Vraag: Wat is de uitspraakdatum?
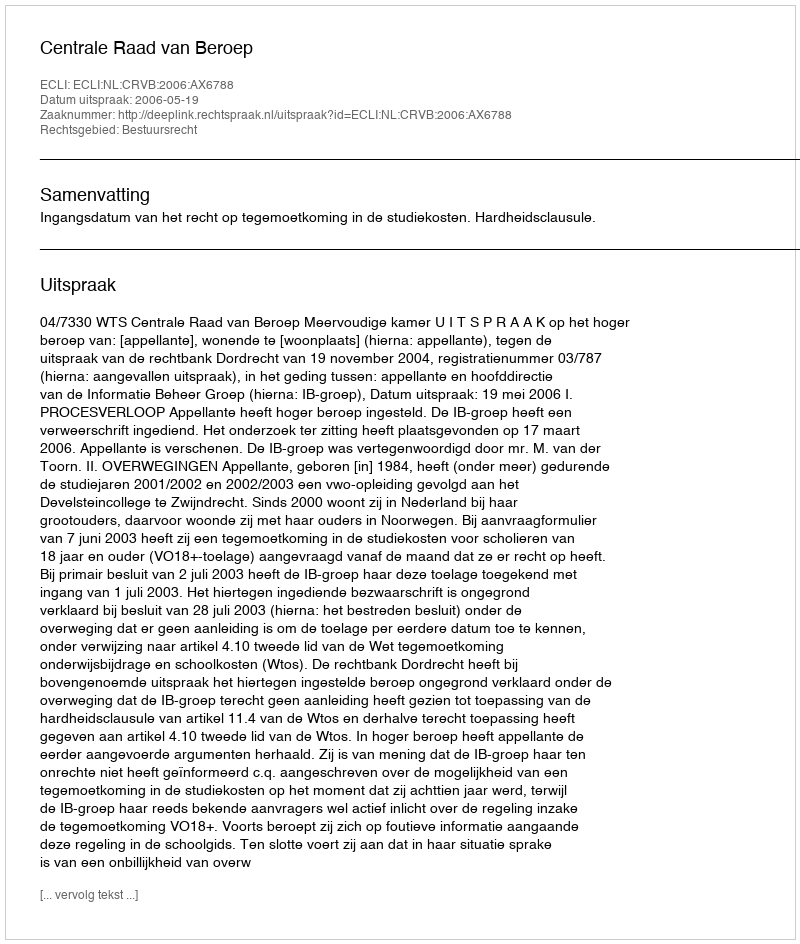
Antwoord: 2006-05-19